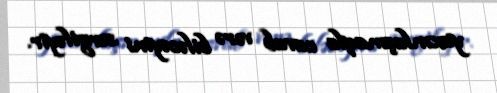
yaxınlaşmaqla cavab verə biləcəyini sərgiləyir.